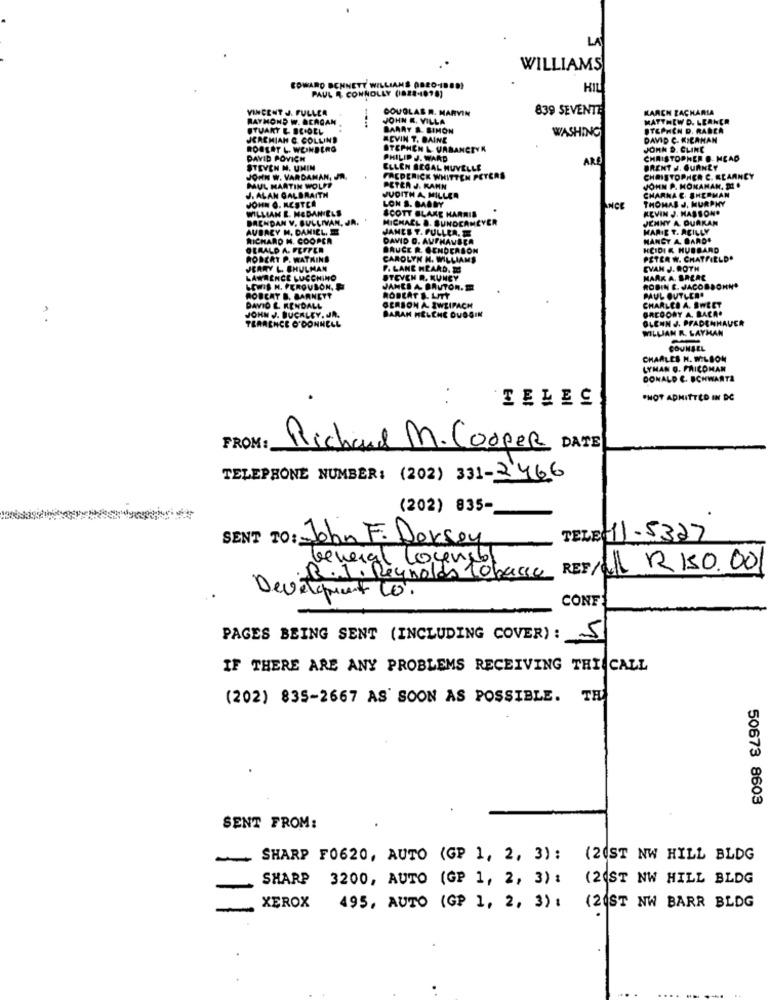
LA
WILLIAMS
EDWARD BENNETT WILLIAMS OBEO-1880}
HIL
PAUL A CONNOLLY (828-1098)
VINCENT J. FULLER
DOUGLAS R. MARVIN
839 SEVENTH
KARCH ZACHARIA
RAYMOND W. QCAGAN
JOHN &. VILLA
MATTHEW D. LEANER
STUART L. BEIDEL
BARRY S. SIMON
WASHING
STEPHEN D. RADEA
JEREMIAH &. COLLIND
ACVIN T. DAINE
DAVID C. K.CANAN
ROBERT L. WEINBERG
STEPHEN & VARANCEYK
JOHN D. CLINE
DAVID POVICH
PHILIP J. WARD
ARE
CHRISTOPHER @. HEAD
STEVEN M. UMIN
ELLEN BEGAL HUVELLE
BRENT J. OURNEY
JOHN W. VARDAMAN, JR.
FACDERICK WHITTEN PETERS
CHRISTOPHER C. ELAANCY
MUL MARTIN WOLF?
J. ALAN GALBRAITH
PETER J. KAHN
JOHN P. MOKAMAN. D .
CHARNA C. SHERMAN
JOHN G. MESTCA
JUDITH A. MILLER
LON S. BAANY
THOMAS J. MURPHY
WILLIAN E. HEDANIELS
SCOTT BLAKE HARRIS
ANCE
KEVIN J. MASSON.
BRENDAN V. SULLIVAN, JR.
MICHACL &. BUNDCAMEYER
JENNY A. DURKAN
AUBACY H. DANIELE
JAMES T. FULLEA. S
MARIE T. ACILLY
RICHARD H. COOPER
DAVID D. AUFHAUSER
HANGY A. DARDS
GERALD A. FEFFER
BAUCE R. GENDERSON
KCIDI & HUBBARD
ROBERT P. WATKINS
CAROLYN N. WILLIAMS
PETER W. CHATFIELD.
JEARY L. SHULMAN
F. LANE HEARD.
CVAN J. ROTH
LAWRENCE LUCCHINO
STEVEN R. KUNCY
MARK A. SALAC
LEWIS H. PEROVSON,
JANES A BRUTON.THE
ROBIN E. JACOBSOHN*
BOBCAT B. BARNETT
ROBERT S. LITT
PAUL OUTLER'
DAVID E. KENDALL
GERSON A ZWEIFACH
BARAN HELCHE DUOGIN
GREGORY A. BACA.
CHARLES A. SWEET
JOHN J. BUCKLEY. JR.
TERRENCE O'DONNELL
OLENN J. PFADENHAUER
WILLIAN R. LAYHAN
COUNSEL
CHARLES H. WILSON
LYMAN Q. FRICOMAN
DONALD C. BOHWARTA
IELEC
PHOT ADMITTED IN DC
FROM :
Richard M.Cooper DATE
TELEPHONE NUMBER: (202) 331-2466
(202) 835-
SENT TO: John F. Dorsey
TELE 11-5327
beweigh
al Counsel
REFILL R 150.00
.R.J. Reynolds 10basse
Development Lo,
CONF
PAGES BEING SENT (INCLUDING COVER): 5
IF THERE ARE ANY PROBLEMS RECEIVING THISCALL
(202) 835-2667 AS SOON AS POSSIBLE. TH
50673 8603
SENT FROM:
SHARP F0620, AUTO (GP 1, 2, 3): (20ST NW HILL BLDG
SHARP 3200, AUTO (GP 1, 2, 3) :
(21ST NW HILL BLDG
-
XEROX
495, AUTO (GP 1, 2, 3) :
(21ST NW BARR BLDG